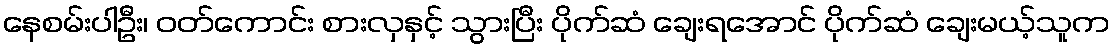
နေစမ်းပါဦး၊ ဝတ်ကောင်း စားလှနှင့် သွားပြီး ပိုက်ဆံ ချေးရအောင် ပိုက်ဆံ ချေးမယ့်သူက